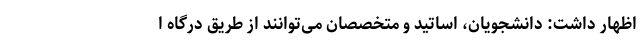
اظهار داشت: دانشجویان، اساتید و متخصصان می‌توانند از طریق درگاه ا